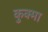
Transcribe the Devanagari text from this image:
कुक्मा